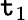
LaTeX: \mathtt{t}_{1}